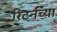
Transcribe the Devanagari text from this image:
रिटर्नच्या